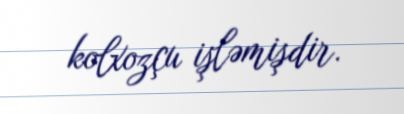
kolxozçu işləmişdir.